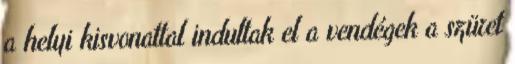
a helyi kisvonattal indultak el a vendégek a szüret